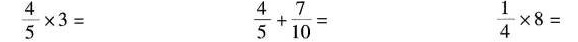
$$\frac { 4 } { 5 } \times 3=$$ $$\frac { 4 } { 5 } + \frac { 7 } { 1 0 } =$$ $$\frac { 1 } { 4 } \times 8 =$$